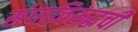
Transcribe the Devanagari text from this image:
संघाविरुद्धची